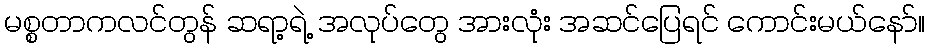
မစ္စတာကလင်တွန် ဆရာ့ရဲ့ အလုပ်တွေ အားလုံး အဆင်ပြေရင် ကောင်းမယ်နော်။